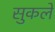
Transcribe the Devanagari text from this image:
सुकले